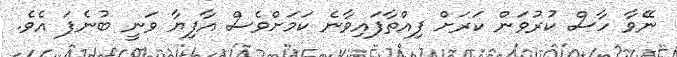
ނޭވާ ހާސް ކުރުވަން ކަރަށް ފިއްތާފައިވާނެ ކަމަށްވެސް އާފިޔާ ވަނީ ބުނެފަ އެވެ.